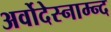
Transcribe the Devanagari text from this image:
अर्वोदेस्नाम्न्द